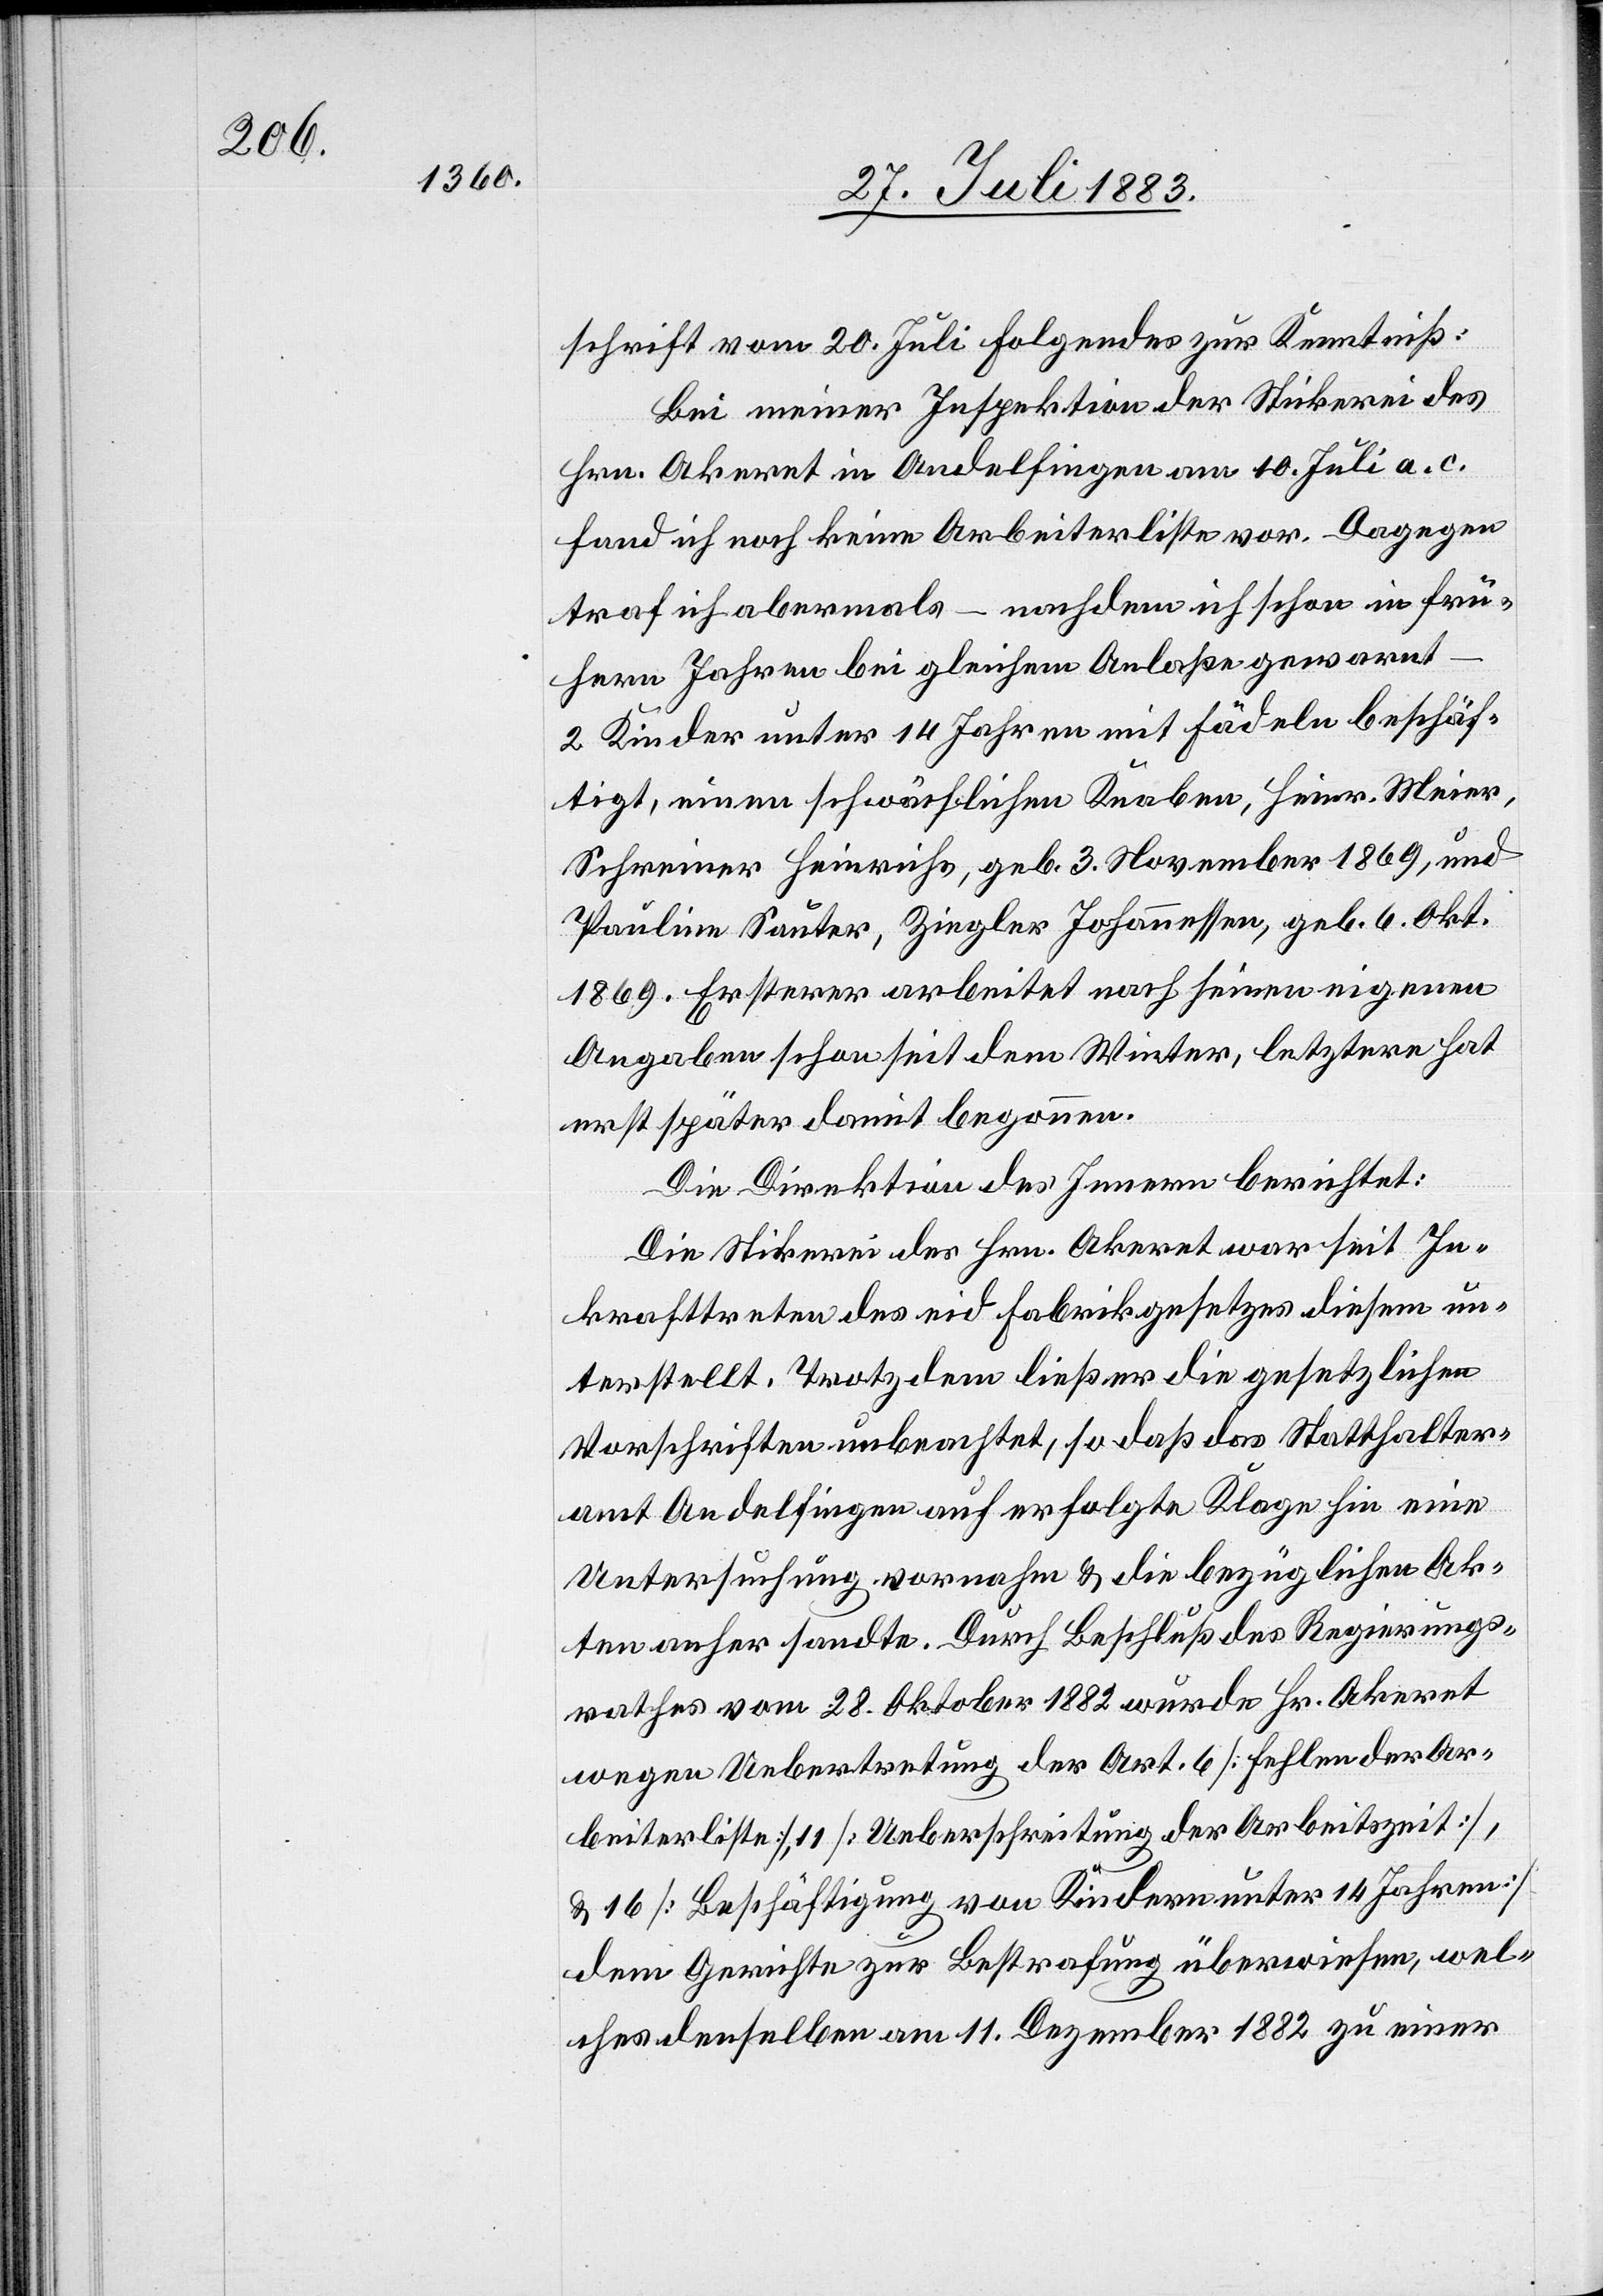
schrift vom 20. Juli Folgendes zur Kenntniß:
Bei einer Inspektion der Stickerei des
Hrn. Akeret in Andelfingen am 10. Juli a. c.
fand sich noch keine Arbeiterliste vor. Dagegen
traf ich abermals – nachdem ich schon in frü¬
hern Jahren bei gleichem Anlaße gewarnt
2 Kinder unter 14 Jahren mit Fädeln beschäf¬
tigt, einen schwächlichen Knaben, Heinr. Meier,
Schreiner Heinrichs, geb. 3. November 1869, und
Pauline Sauter, Ziegler Johannessen, geb. 6. Okt.
1869. Ersterer arbeitet nach seinen eigenen
Angaben schon seit dem Winter, letztere hat
erst später damit begonnen.
Die Direktion des Innern berichtet:
Die Stickerei des Hrn. Akeret war seit In¬
krafttreten des eid. Fabrikgesetzes diesem un¬
terstellt. Trotzdem ließ er die gesetzlichen
Vorschriften unbeachtet, so daß das Statthalter¬
amt Andelfingen auf erfolgte Klage hin eine
Untersuchung vornahm & die bezüglichen Ak¬
ten anher sandte. Durch Beschluß des Regierungs¬
rathes vom 28. Oktober 1882 wurde Hr. Akeret
wegen Uebertretung der Art. 6 [Fehlen der Ar¬
beiterliste], 11 [Ueberschreitung der Arbeitszeit],
& 16 [Beschäftigung von Kindern unter 14 Jahren]
dem Gerichte zur Bestrafung überwiesen, wel¬
ches denselben am 11. Dezember 1882 zu einer